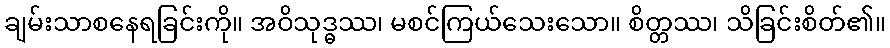
ချမ်းသာစနေရခြင်းကို။ အဝိသုဒ္ဓဿ၊ မစင်ကြယ်သေးသော။ စိတ္တဿ၊ သိခြင်းစိတ်၏။